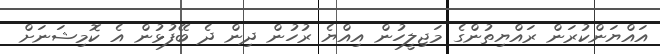
އައްޔަންކުރަން ރައްޔިތުންގެ މަޖިލީހުން އިއްޔެ ރުހުން ދިން ދެ ބޭފުޅުން އެ ކޮމިޝަނަށް